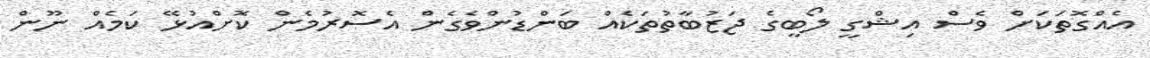
އެއްގޮތަކަށް ވެސް އިޝްގީ ލޯބީގެ ޖަޒުބާތުތަކެއް ބަންޑުންވެގެން އެސޮރުމެން ކޮށްއުޅޭ ކަމެއް ނޫން